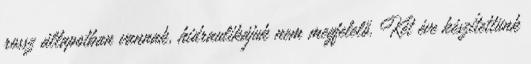
rossz állapotban vannak, hidraulikájuk nem megfelelő. Két éve készítettünk